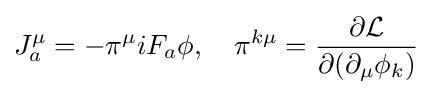
J_{a}^{\mu }=-\pi ^{\mu }iF_{a}\phi ,\quad \pi ^{k\mu }={\frac {\partial {\mathcal {L}}}{\partial (\partial _{\mu }\phi _{k})}}